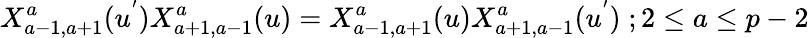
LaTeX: X_{a-1,a+1}^{a}(u^{'})X_{a+1,a-1}^{a}(u)=X_{a-1,a+1}^{a}(u)X_{a+1,a-1}^{a}(u^{'})\; ;2\leq a\leq p-2